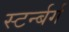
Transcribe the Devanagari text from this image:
स्टर्न्बर्ग